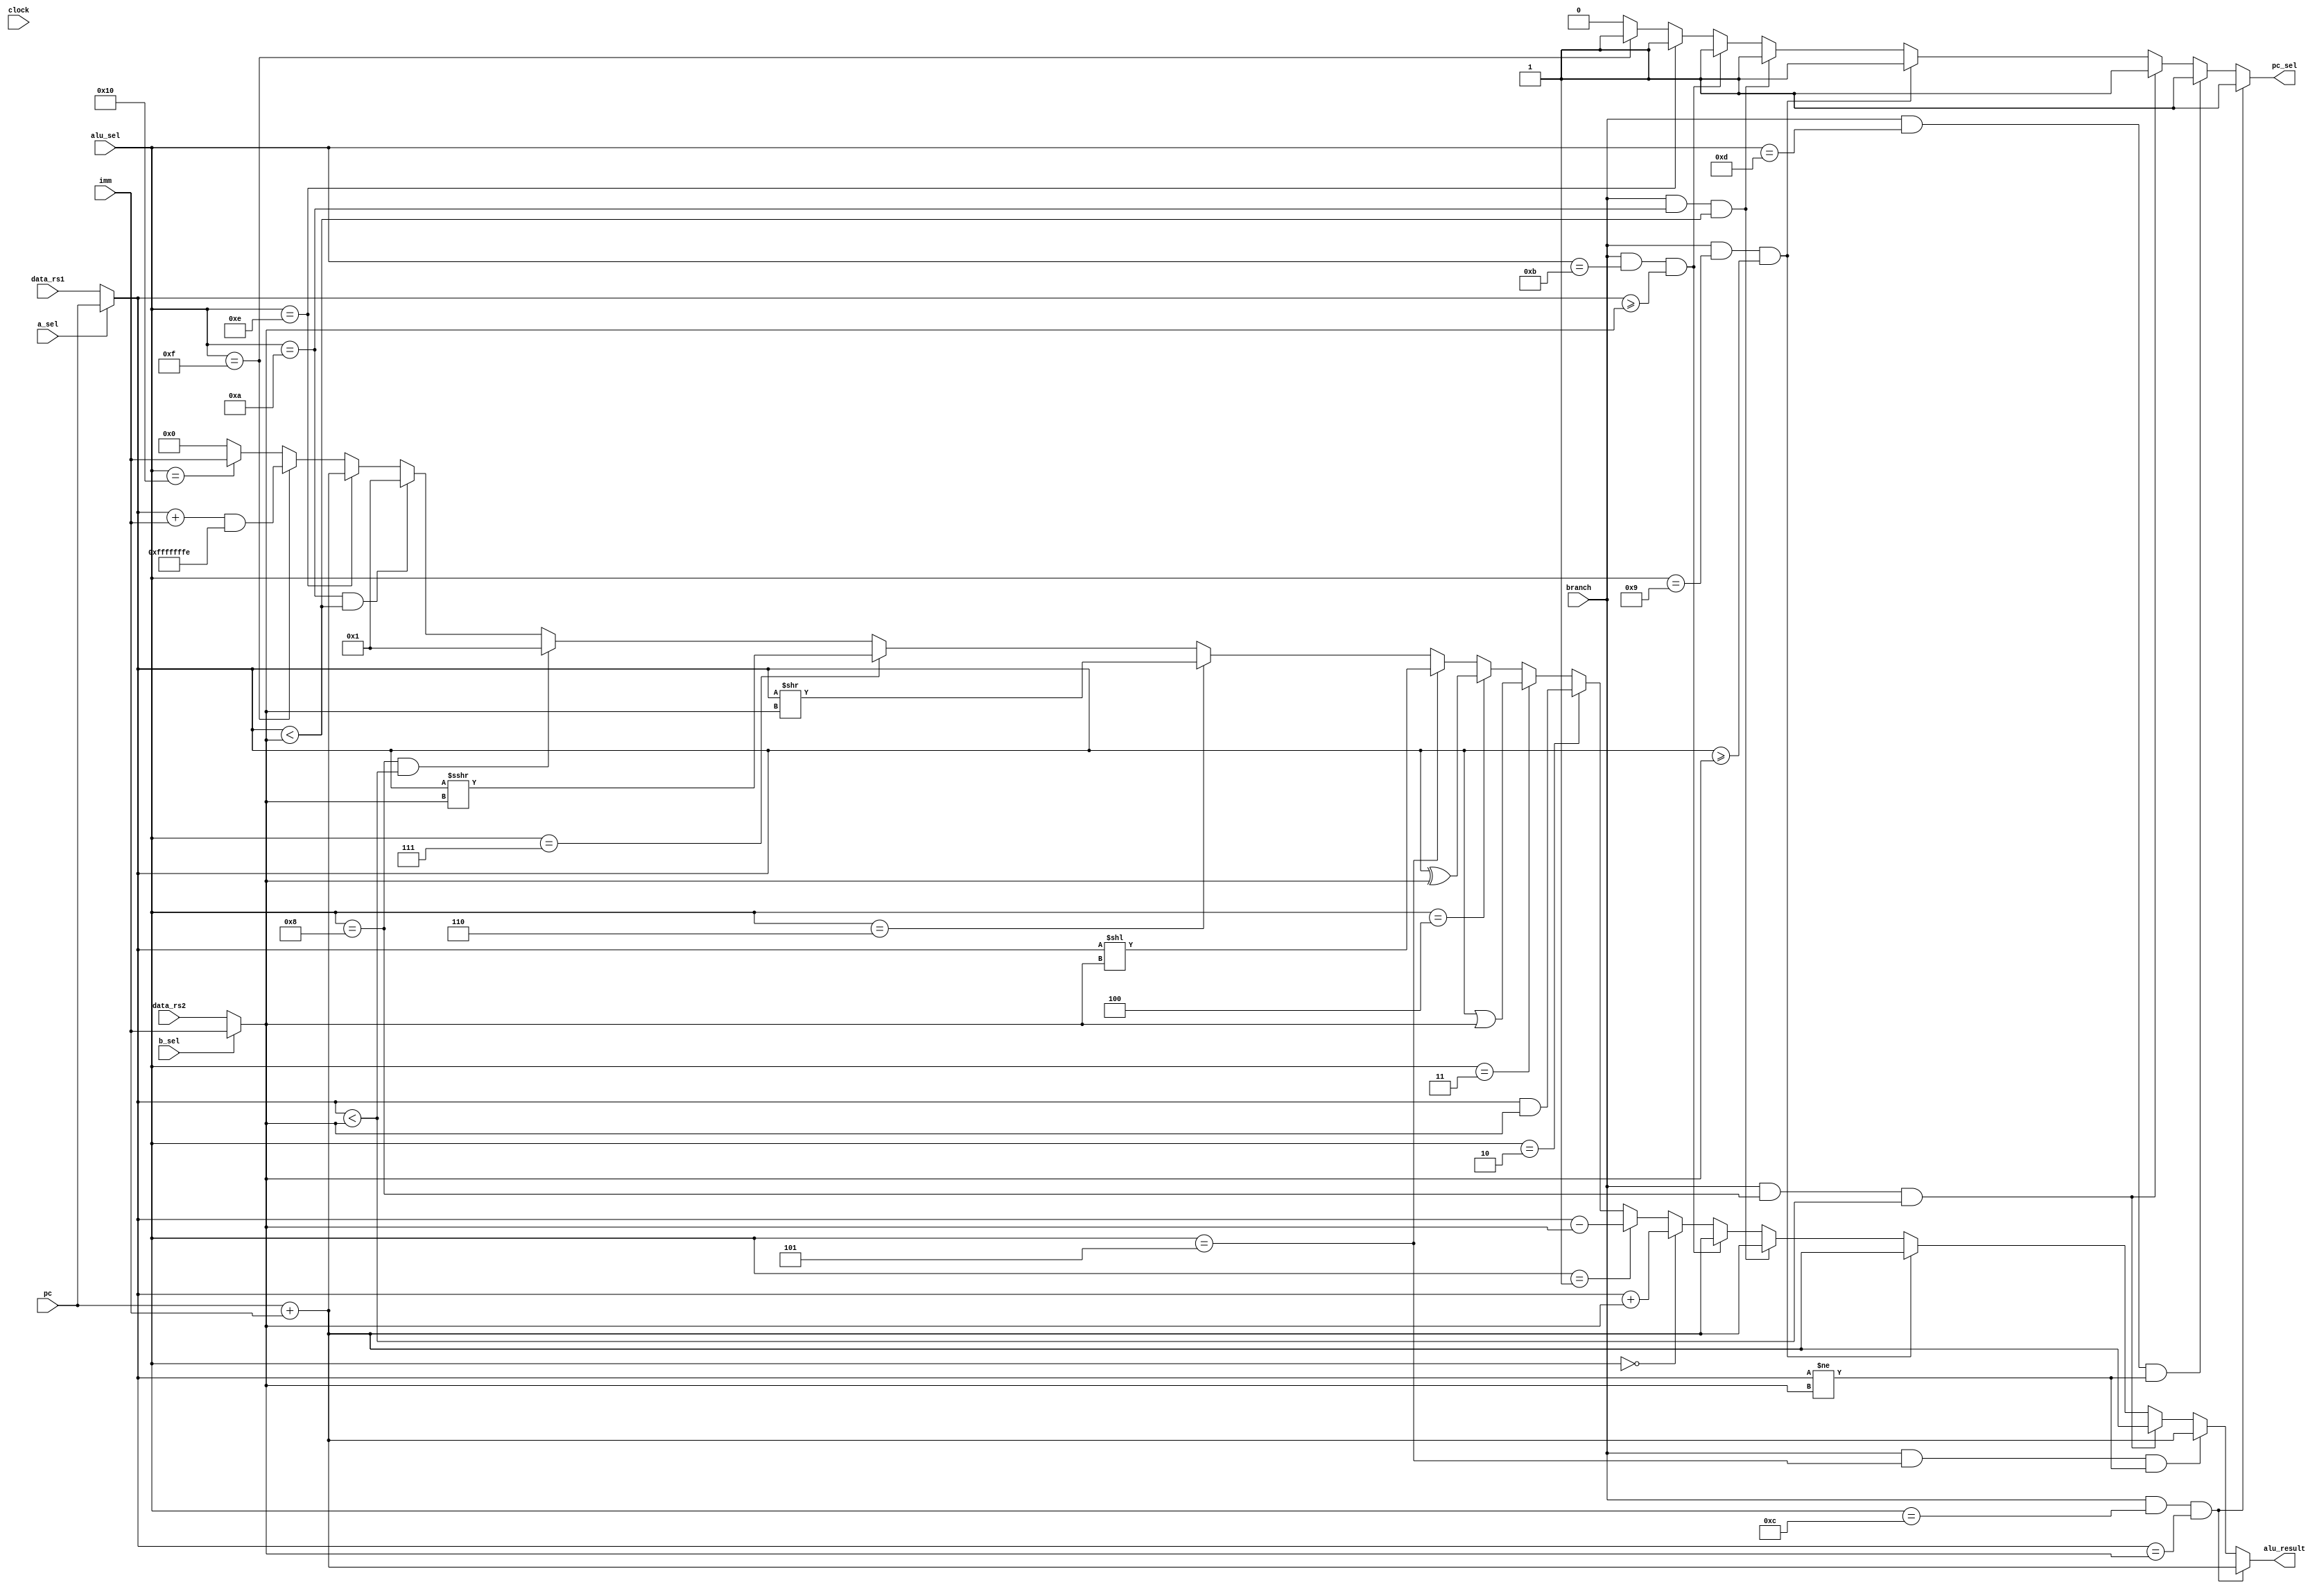
module alu(
     input  clock,
     input wire        a_sel,
     input wire        b_sel,
     input wire        branch,
     input wire [4:0]  alu_sel,
     input wire [31:0] data_rs1,
     input wire [31:0] data_rs2,
     input wire [31:0] pc,
     input wire [31:0] imm,
     output reg [31:0] alu_result,
     output reg pc_sel
);

wire [31:0] op_a;
wire [31:0] op_b;

assign op_a = (a_sel ==1) ? pc : data_rs1; 
assign op_b = (b_sel ==1) ? imm : data_rs2; 

// ALU Control Input
// 00000 = add
// 00001 = subtract
// 00010 = and
// 00011 = or 
// 00100 = xor
// 00101 = logical shift left (LSL)
// 00110 = logical shift right
// 00111 = arithmetic shift right 
// 01000 = unsigned less than
// 01001 = unsigned greater than or equal to
// 01010 = signed less than
// 01011 = signed greater than or equal to
// 01100 = branch equal
// 01101 = branch not equal
// 01110 = jal
// 01111 = jalr
// 10000 = LUI (alu result is imm)

assign alu_result = (branch == 1'b1) && (alu_sel == 5'b01100) && (op_a == op_b) ? (pc + imm):                          // BEQ
                    (branch == 1'b1) && (alu_sel == 5'b0101) && (op_a != op_b) ? (pc + imm):                          // BNE
                    (branch == 1'b1) && (alu_sel == 5'b01000) && (op_a < op_b)  ? (pc + imm):                          // BLTU
                    (branch == 1'b1) && (alu_sel == 5'b01001) && (op_a >= op_b) ? (pc + imm):                          // BGEU
                    (branch == 1'b1) && (alu_sel == 5'b01010) && ($signed(op_a) < $signed(op_b))  ? (pc + imm):        // BLT
                    (branch == 1'b1) && (alu_sel == 5'b01011) && ($signed(op_a) >= $signed(op_b)) ? (pc + imm):        // BGE
                    (alu_sel == 5'b00000) ? (op_a + op_b):                                                             // add (LUI,AUIPC,LW,SW,ADDI,ADD)
                    (alu_sel == 5'b00001) ? (op_a - op_b):                                                             // subtract (SUB)
                    (alu_sel == 5'b00010) ? (op_a & op_b):                                                             // AND  (ANDI,AND)
                    (alu_sel == 5'b00011) ? (op_a | op_b):                                                             // OR  (OR,ORI)
                    (alu_sel == 5'b00100) ? (op_a ^ op_b):                                                             // XOR (XORI,XOR)
                    (alu_sel == 5'b00101) ? (op_a << op_b):                                                            // logical shift left      (SLLI,SLL)
                    (alu_sel == 5'b00110) ? (op_a >> op_b):                                                            // logical shift right     (SRLI,SRL)
                    (alu_sel == 5'b00111) ? (op_a >>> op_b):                                                           // arithmetic shift right (SRAI,SRA)
                    (alu_sel == 5'b01000) && (op_a < op_b) ?  32'h00000001:                                            // unsigned less than (BLTU,SLTIU,SLTU)
                    (alu_sel == 5'b01010) && ($signed(op_a) < $signed(op_b)) ?  32'h00000001:                          // signed less than (SLTI,SLT,BLT)
                    (alu_sel == 5'b01110) ? (pc + imm):                                                                // JAL (PC = PC + Offset)
                    (alu_sel == 5'b01111) ? ((op_a + imm) & 32'hfffffffe) :                                            // JALR (PC = (Reg[rs1] + imm) & 0xfffffffe)
                    (alu_sel == 5'b10000) ?  imm:                                                                      // LUI 
                    32'h00000000;


 
assign pc_sel = (branch == 1'b1) && (alu_sel == 5'b01100) && (op_a == op_b)                   ? 1'b1: // BEQ
                (branch == 1'b1) && (alu_sel == 5'b01101) && (op_a != op_b)                   ? 1'b1: // BNE
                (branch == 1'b1) && (alu_sel == 5'b01000) && (op_a < op_b)                    ? 1'b1: // BLTU
                (branch == 1'b1) && (alu_sel == 5'b01001) && (op_a >= op_b)                   ? 1'b1: // BGEU
                (branch == 1'b1) && (alu_sel == 5'b01010) && ($signed(op_a) < $signed(op_b))  ? 1'b1: // BLT
                (branch == 1'b1) && (alu_sel == 5'b01011) && ($signed(op_a) >= $signed(op_b)) ? 1'b1: // BGE
                (alu_sel == 5'b01110) ?  1'b1:                                                        // JAL
                (alu_sel == 5'b01111) ?  1'b1:                                                        // JALR
                1'b0;
endmodule